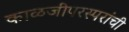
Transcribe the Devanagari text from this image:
काळजीपरस्परांची